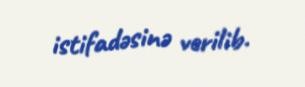
istifadəsinə verilib.